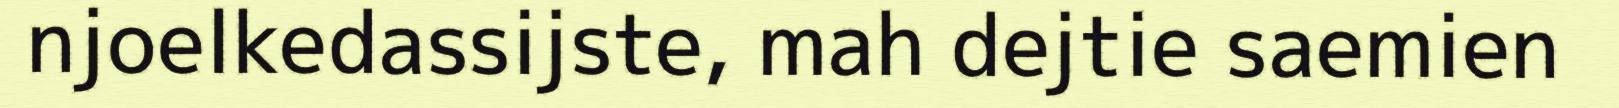
njoelkedassijste, mah dejtie saemien